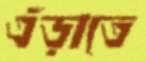
এঁড়াতে